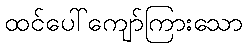
ထင်ပေါ်ကျော်ကြားသော